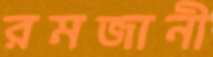
রমজানী